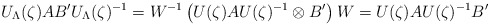
\begin{align*}U_\Lambda(\zeta)AB' U_\Lambda(\zeta)^{-1} = W^{-1}\left( U(\zeta)AU(\zeta)^{-1}\otimes B'\right) W=U(\zeta)AU(\zeta)^{-1} B' \end{align*}